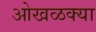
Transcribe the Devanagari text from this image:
ओखळक्या